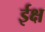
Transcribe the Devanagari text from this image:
ईक्ष